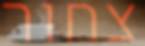
צחור